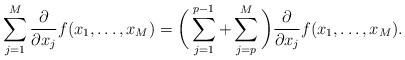
LaTeX: \begin{align*}\sum_{j=1}^M\frac{\partial}{\partial x_{j}}f(x_1,\dots,x_M)= \biggl(\,\sum_{j=1}^{p-1}+\sum_{j=p}^M\,\biggr) \frac{\partial}{\partial x_{j}}f(x_1,\dots,x_M). \end{align*}